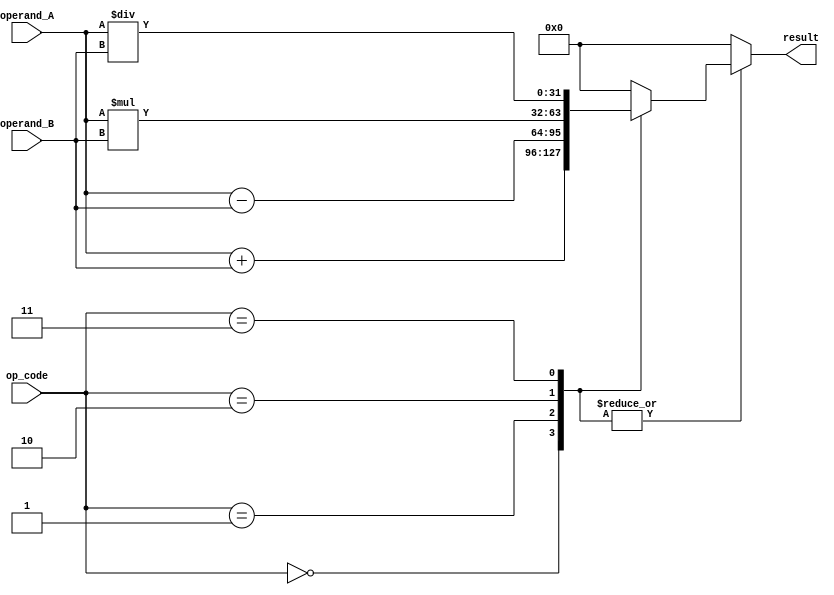
module floating_point_ALU (
    input wire [31:0] operand_A,  // input operand A
    input wire [31:0] operand_B,  // input operand B
    input wire [2:0] op_code,     // operation code: 0=addition, 1=subtraction, 2=multiplication, 3=division
    output reg [31:0] result      // output result of the operation
);

// Declare internal registers for intermediate results
reg [31:0] intermediate_result;

// Perform arithmetic operation based on op_code
always @* begin
    case(op_code)
        0: intermediate_result = operand_A + operand_B;  // addition
        1: intermediate_result = operand_A - operand_B;  // subtraction
        2: intermediate_result = operand_A * operand_B;  // multiplication
        3: intermediate_result = operand_A / operand_B;  // division
        default: intermediate_result = 32'd0;             // default case (invalid op_code)
    endcase
end

// Assign result based on opcode
always @* begin
    case(op_code)
        0, 1, 2, 3: result = intermediate_result;  // valid op_code
        default: result = 32'd0;                   // default case (invalid op_code)
    endcase
end

endmodule